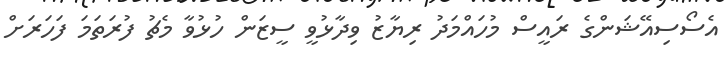
އެސޯސިިއޭޝަންގެ ރައީސް މުހައްމަދު ރިޔާޒު ވިދާޅުވީ ސީޒަން ހުޅުވާ މެޗު ފުރަތަމަ ފަހަރަށް